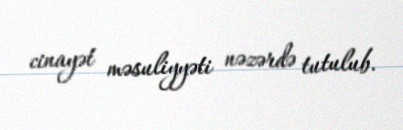
cinayət məsuliyyəti nəzərdə tutulub.